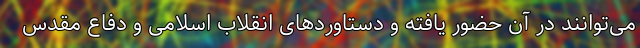
می‌توانند در آن حضور یافته و دستاوردهای انقلاب اسلامی و دفاع مقدس